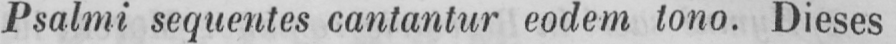
Psalmi sequentes cantantur eodem tono. Dieses